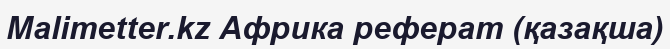
Malimetter.kz Африка реферат (қазақша)